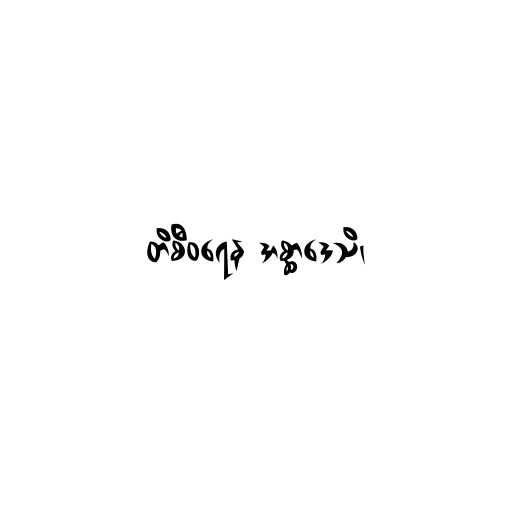
တိစီဝရေန အစ္ဆာဒေသိ၊